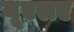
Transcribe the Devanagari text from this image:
यूएलए